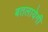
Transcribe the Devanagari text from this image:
बतलायेगी